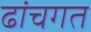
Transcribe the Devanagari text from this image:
ढांचगत